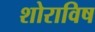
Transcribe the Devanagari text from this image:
शोराविष